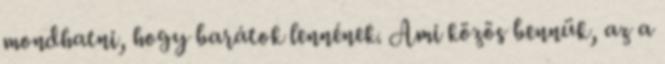
mondhatni, hogy barátok lennének. Ami közös bennük, az a